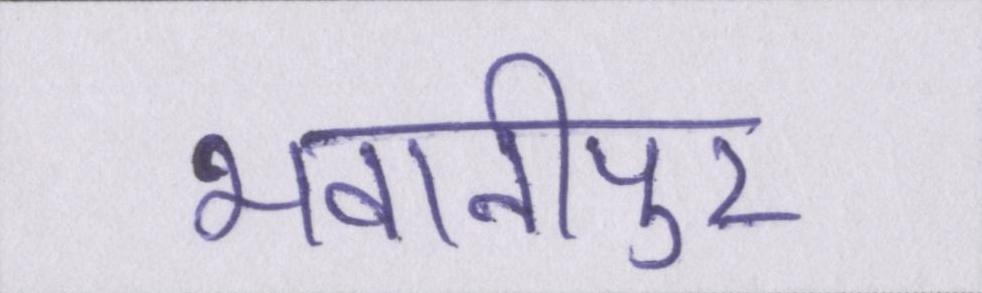
भवानीपुर